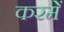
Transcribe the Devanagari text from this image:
करमें